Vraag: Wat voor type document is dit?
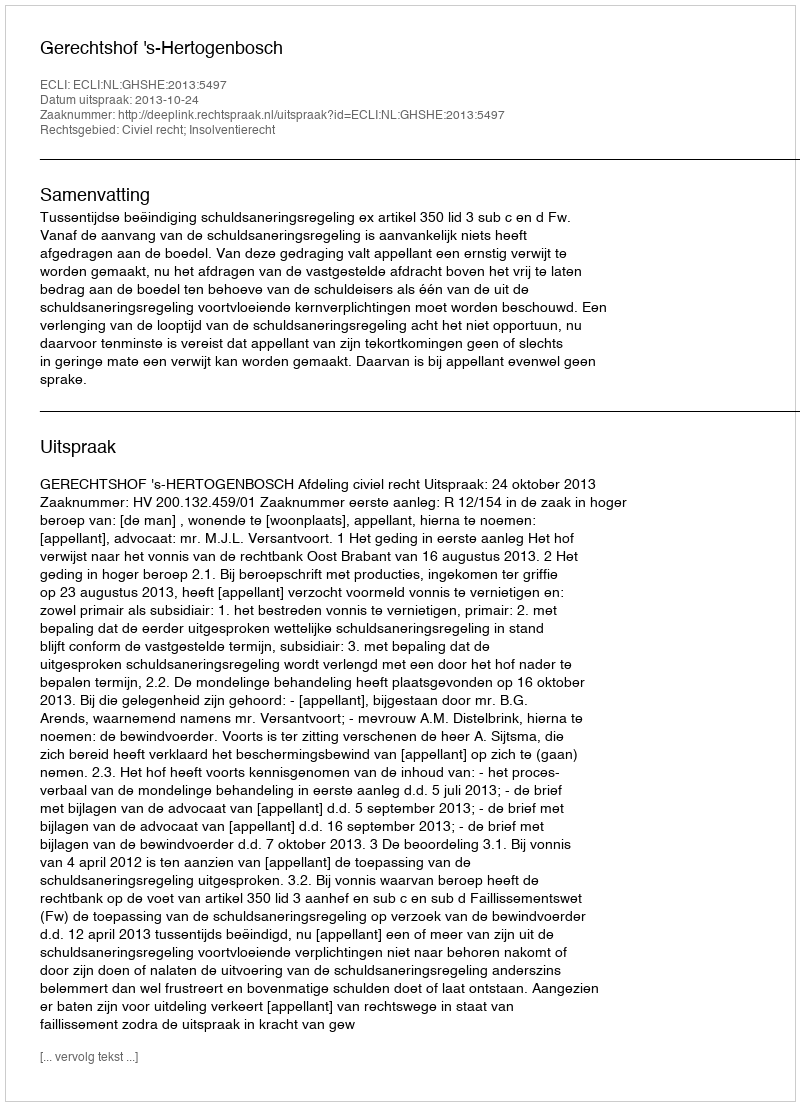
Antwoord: Uitspraak